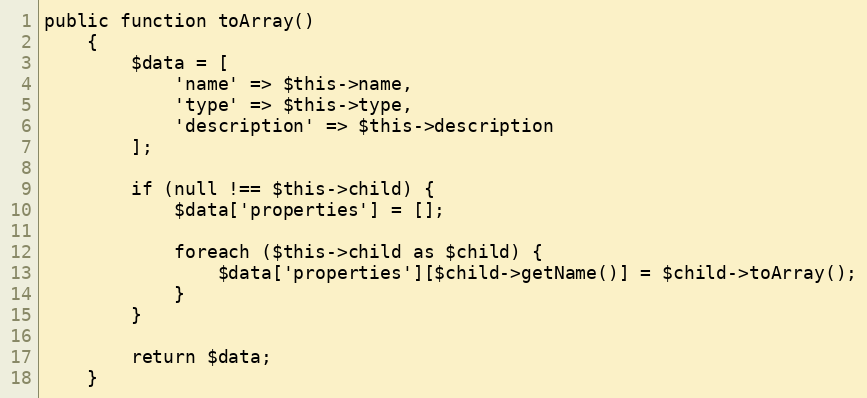
Language: PHP
public function toArray()
    {
        $data = [
            'name' => $this->name,
            'type' => $this->type,
            'description' => $this->description
        ];

        if (null !== $this->child) {
            $data['properties'] = [];

            foreach ($this->child as $child) {
                $data['properties'][$child->getName()] = $child->toArray();
            }
        }

        return $data;
    }